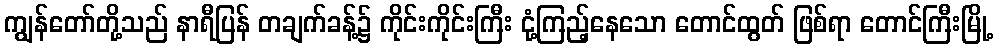
ကျွန်တော်တို့သည် နာရီပြန် တချက်ခန့်၌ ကိုင်းကိုင်းကြီး ငုံ့ကြည့်နေသော တောင်ထွတ် ဖြစ်ရာ တောင်ကြီးမြို့